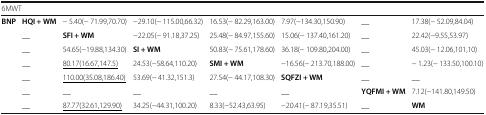
| <COLSPAN=8> 6MWT |
 | --- | --- | --- | --- | --- | --- | --- | --- |
 | <ROWSPAN=7> BNP | HQI + WM | − 5.40(− 71.99,70.70) | −29.10(− 115.00,66.32) | 16.53(− 82.29,163.00) | 7.97(−134.30,150.90) | __ | 17.38(− 52.09,84.04) |
 | __ | SFI + WM | −22.05(− 91.18,37.25) | 25.48(− 84.97,155.60) | 15.06(− 137.40,161.20) | __ | 22.42(−9.55,53.97) |
 | __ | 54.65(−19.88,134.30) | SI + WM | 50.83(− 75.61,178.60) | 36.18(− 109.80,204.00) | __ | 45.03(− 12.06,101,10) |
 | __ | <underline>80.17(16.67,147.5)</underline> | 24.53(−58.64,110.20) | SMI + WM | −16.56(− 213.70,188.00) | __ | − 1.23(− 133.50,100.10) |
 | __ | <underline>110.00(35.08,186.40)</underline> | 53.69(− 41.32,151.3) | 27.54(− 44.17,108.30) | SQFZI + WM | __ | __ |
 | __ | __ | __ | __ | __ | YQFMI + WM | 7.12(−141.80,149.50) |
 | __ | <underline>87.77(32.61,129.90)</underline> | 34.25(−44.31,100.20) | 8.33(−52.43,63.95) | −20.41(− 87.19,35.51) | __ | WM |